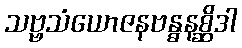
သဗ္ဗသံယောဇနဗန္ဓနစ္ဆိဒါ